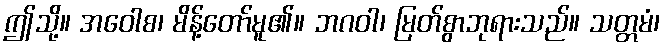
ဤသို့။ အဝေါစ၊ မိန့်တော်မူ၏။ ဘဂဝါ၊ မြတ်စွာဘုရားသည်။ သတ္တမံ၊